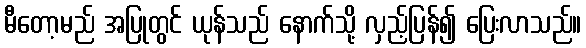
မီတော့မည် အပြုတွင် ယုန်သည် နောက်သို့ လှည့်ပြန်၍ ပြေးလာသည်။